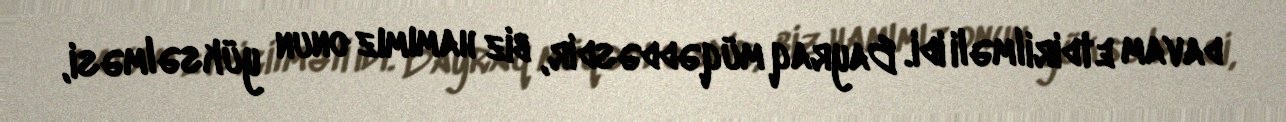
davam etdirilməli idi. Bayraq müqəddəsdir, biz hamımız onun yüksəlməsi,